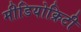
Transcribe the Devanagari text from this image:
मीडियोक्रिटी